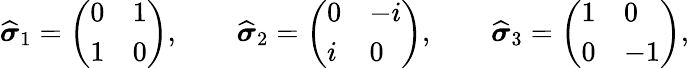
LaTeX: {\widehat{\boldsymbol{\sigma}}}_{1}=\left(\begin{array}{ll}{0}&{1}\\ {1}&{0}\end{array}\right),\qquad{\widehat{\boldsymbol{\sigma}}}_{2}=\left(\begin{array}{ll}{0}&{-i}\\ {i}&{0}\end{array}\right),\qquad{\widehat{\boldsymbol{\sigma}}}_{3}=\left(\begin{array}{ll}{1}&{0}\\ {0}&{-1}\end{array}\right),